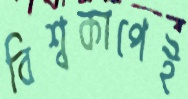
বিশ্বকাপেই